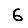
Digit: 6